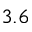
3 . 6